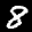
Label: 8